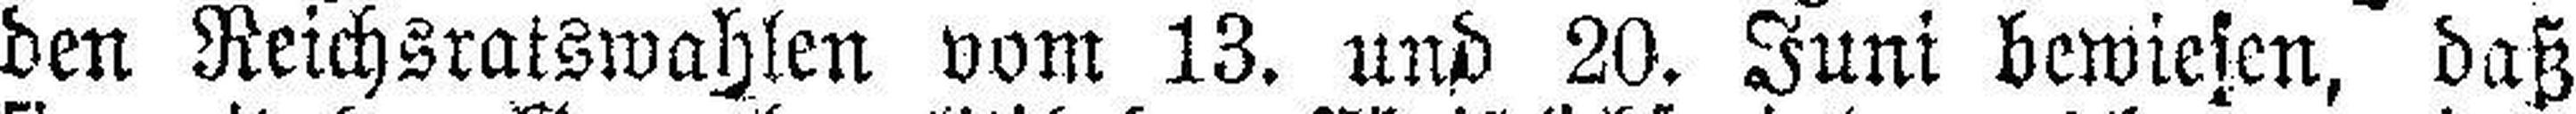
den Reichsratswahlen vom 13. und 20. Juni bewiesen, daß